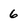
Character: 6